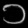
Digit: ၁